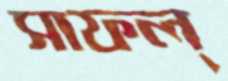
সাফল্